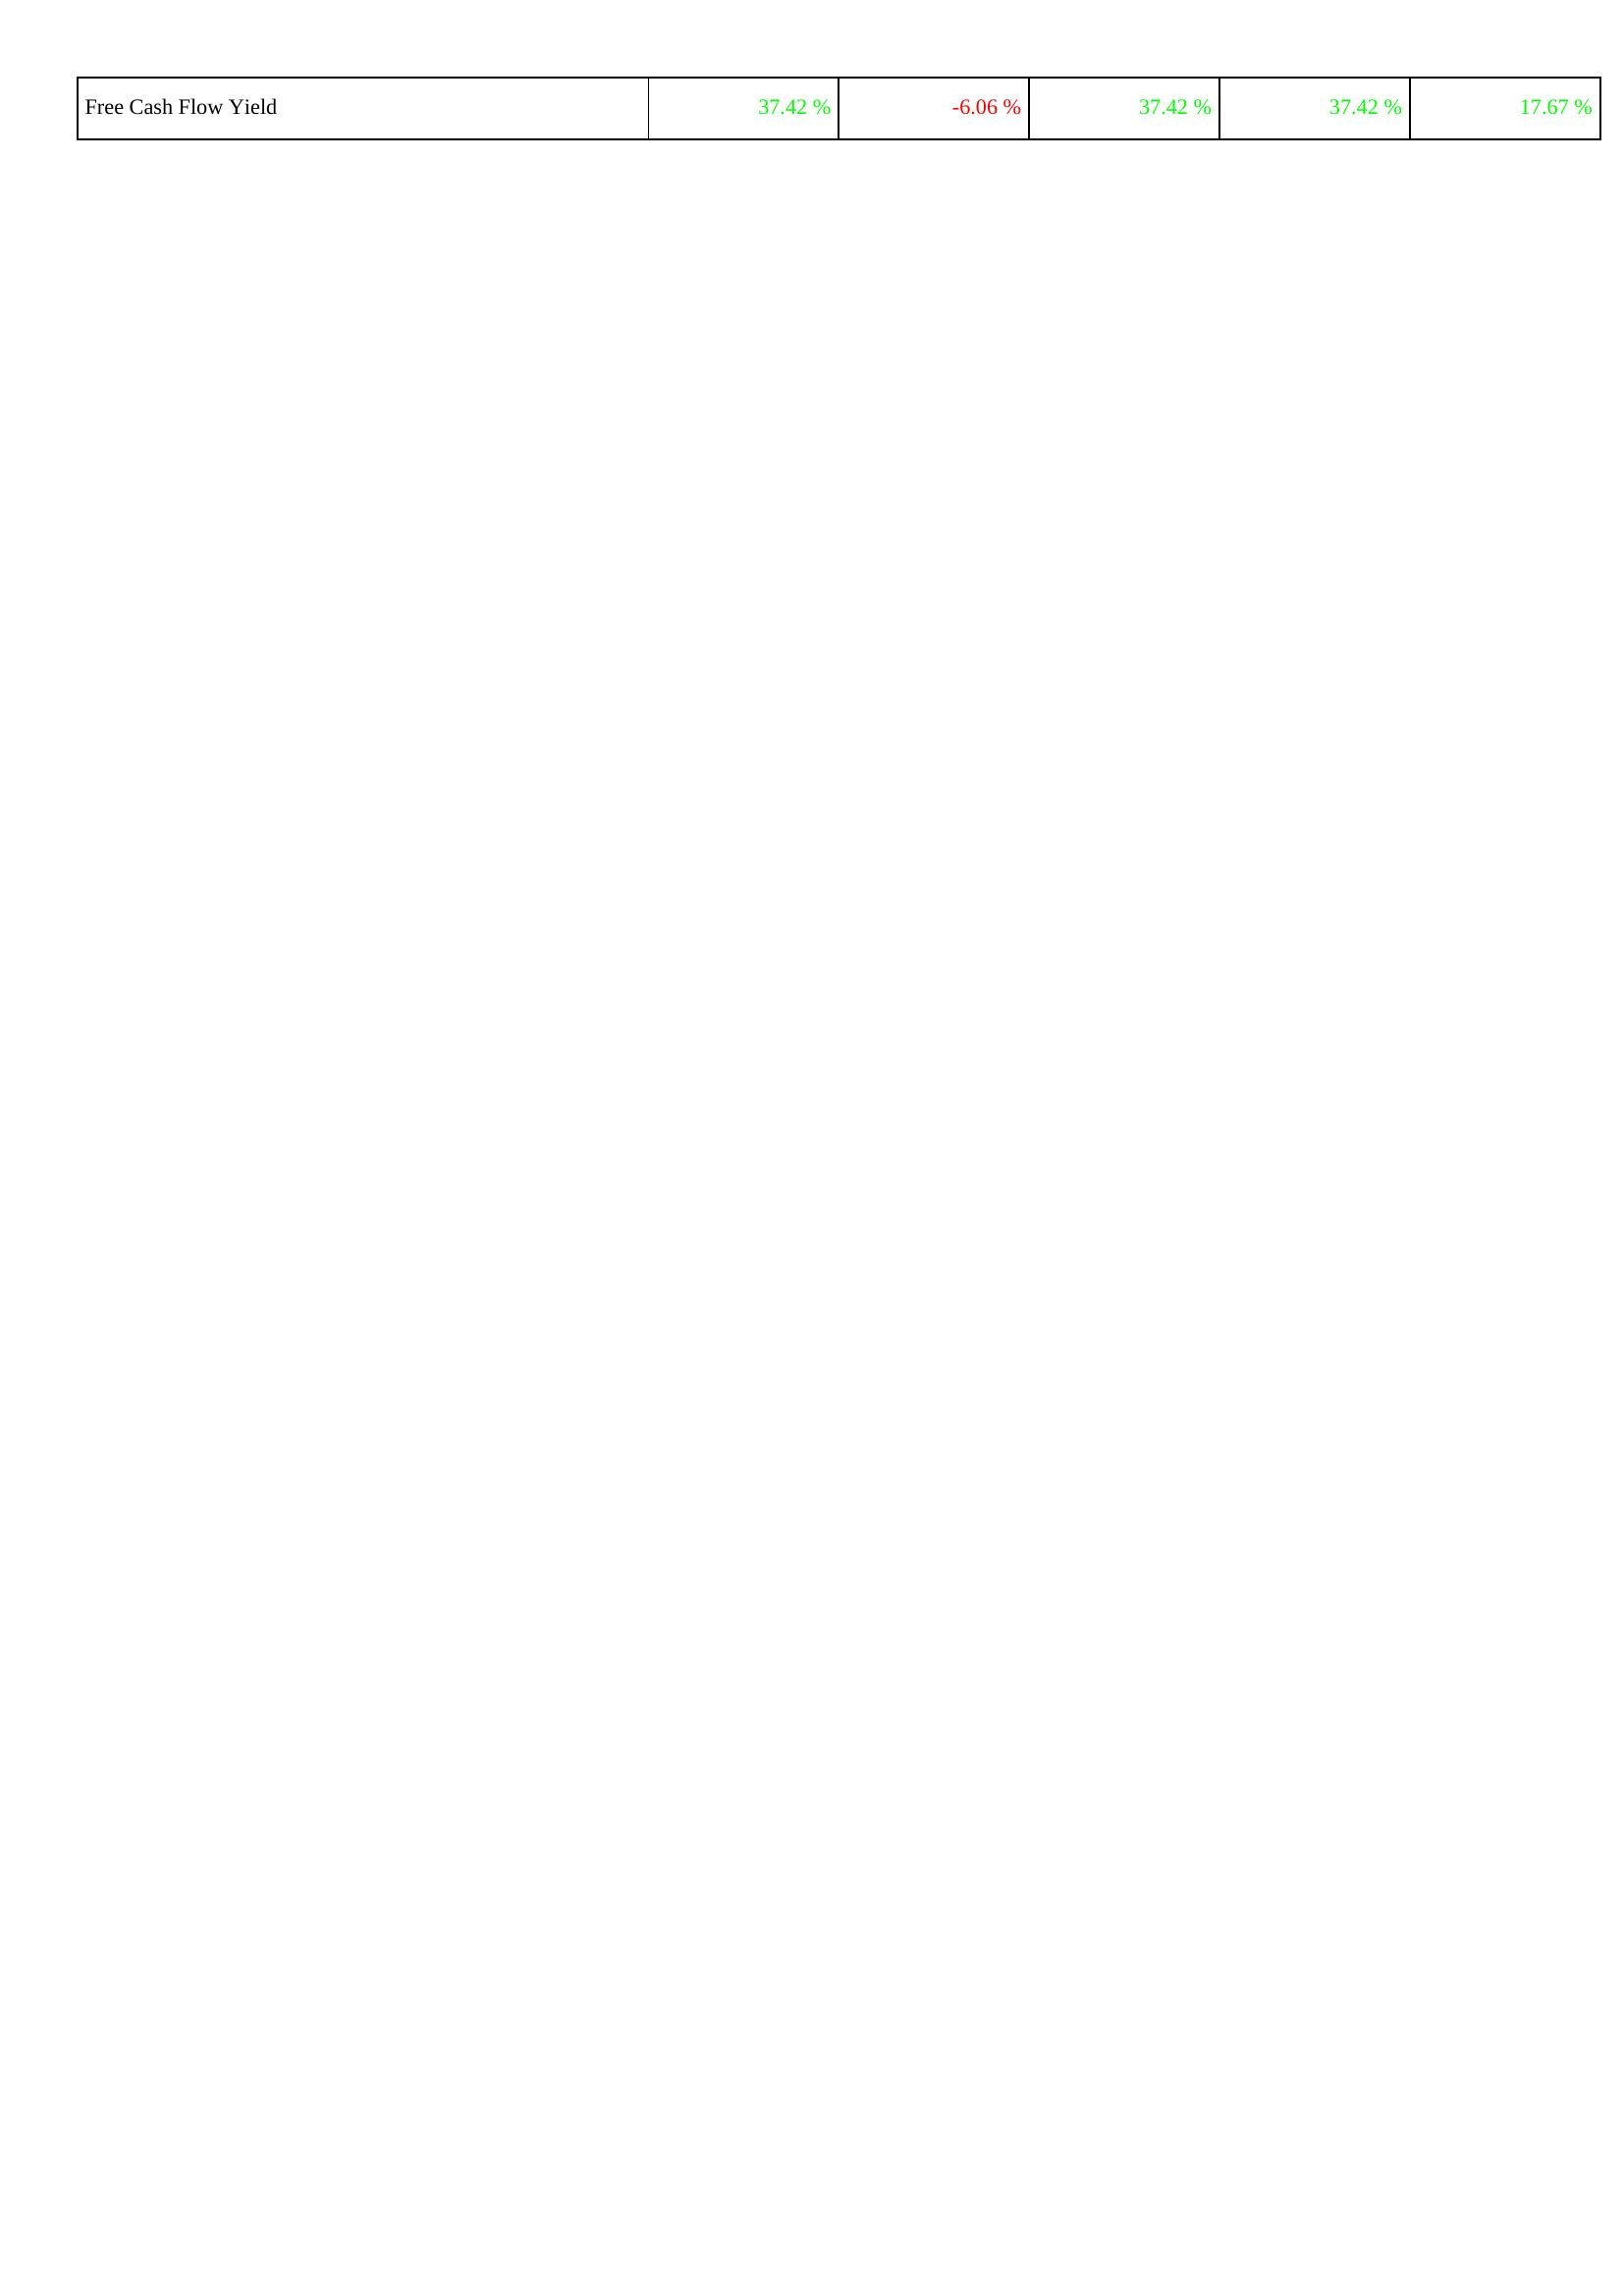
2022: Financing Activities: Free Cash Flow Yield: 37.42 %
2023: Financing Activities: Free Cash Flow Yield: -6.06 %
2024: Financing Activities: Free Cash Flow Yield: 37.42 %
2025: Financing Activities: Free Cash Flow Yield: 37.42 %
2026: Financing Activities: Free Cash Flow Yield: 17.67 %